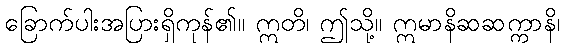
ခြောက်ပါးအပြားရှိကုန်၏။ ဣတိ၊ ဤသို့။ ဣမာနိဆဆက္ကာနိ၊